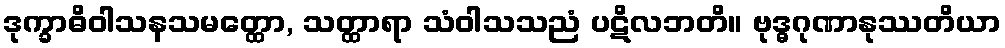
ဒုက္ခာဓိဝါသနသမတ္ထော, သတ္ထာရာ သံဝါသသညံ ပဋိလဘတိ။ ဗုဒ္ဓဂုဏာနုဿတိယာ